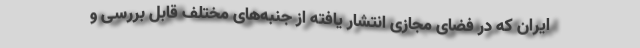
ایران که در فضای مجازی انتشار یافته از جنبه‌های مختلف قابل بررسی و